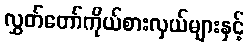
လွှတ်တော်ကိုယ်စားလှယ်များနှင့်